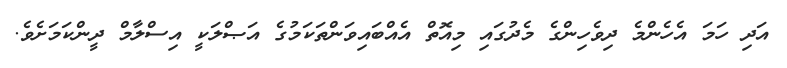
އަދި ހަމަ އެހެންމެ ދިވެހިންގެ މެދުގައި މިއޮތް އެއްބައިވަންތަކަމުގެ އަޞްލަކީ އިސްލާމް ދީންކަމަށެވެ.